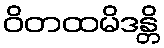
ဝိတထမိဒန္တိ